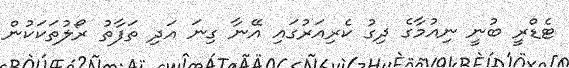
ޓެޑްރީ ބުނީ ނިއުމާގެ ދިގު ކެރިއަރުގައި އޭނާ ގިނަ އަދި ތަފާތު ރޯލުތަކަކުން